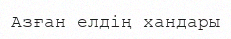
Азған елдің хандары